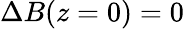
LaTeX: \Delta B(z=0)=0